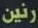
رنين